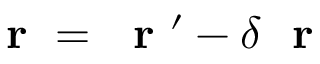
\mathrm { ~ \bf ~ r ~ } = \mathrm { ~ \bf ~ r ~ } ^ { \prime } - \delta \mathrm { ~ \bf ~ r ~ }